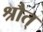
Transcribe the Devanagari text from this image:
श्रौत्